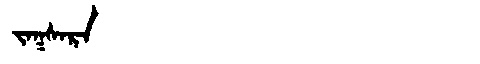
Manchu: ᠵᠠᡴᠰᠠᡵᠠ
Romanization: JAKSARA